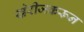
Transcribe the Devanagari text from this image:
खेरीजकरून